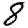
Digit: 8